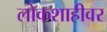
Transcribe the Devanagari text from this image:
लोकशाहीवर